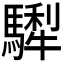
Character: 𩥴